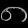
Digit: ၈